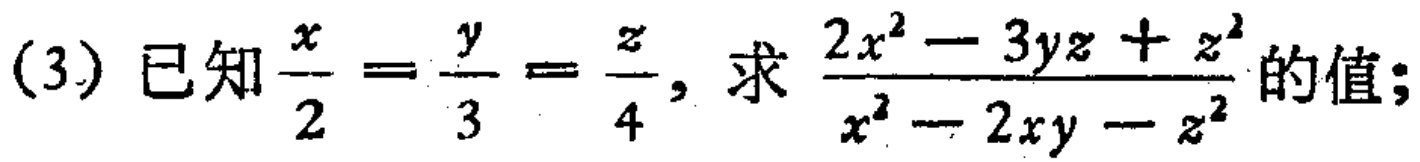
(3) 已知$\frac{x}{2}=\frac{y}{3}=\frac{z}{4}$，求$\frac{2x^{2}-3yz + z^{2}}{x^{2}-2xy - z^{2}}$的值；